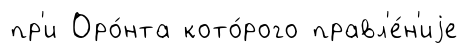
пр'и Оро́нта кото́рого правл'е́н'иjе